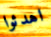
اهدئوا